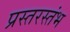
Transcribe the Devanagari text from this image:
प्रस्तरस्तंभ